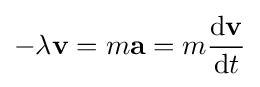
-\lambda \mathbf {v} =m\mathbf {a} =m{\mathrm {d} \mathbf {v}  \over \mathrm {d} t}